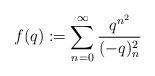
LaTeX: \begin{align*}f(q):=\sum_{n=0}^\infty \frac{q^{n^2}}{(-q)^2_n}\end{align*}